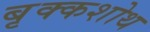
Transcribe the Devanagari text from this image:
बृक्कशोथ